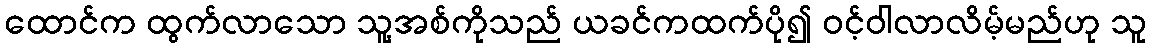
ထောင်က ထွက်လာသော သူ့အစ်ကိုသည် ယခင်ကထက်ပို၍ ဝင့်ဝါလာလိမ့်မည်ဟု သူ